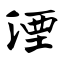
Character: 湮